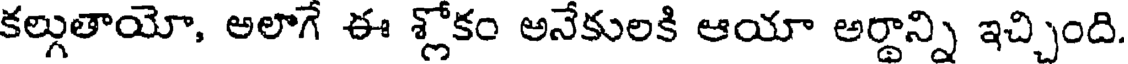
కల్గుతాయో, అలాగే ఈ శ్లోకం అనేకులకి ఆయా అర్థాన్ని ఇచ్చింది